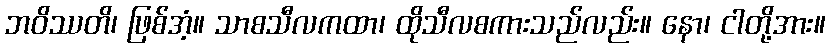
ဘဝိဿတိ၊ ဖြစ်အံ့။ သာစသီလကထာ၊ ထိုသီလစကားသည်လည်း။ နော၊ ငါတို့အား။